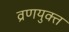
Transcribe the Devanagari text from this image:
व्रणयुक्त